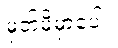
မှတ်မိမှာပေါ့။